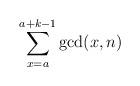
LaTeX: \begin{align*} \sum \limits_{x = a}^{a + k - 1} \gcd(x, n)\end{align*}